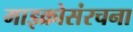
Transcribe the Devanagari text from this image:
माइक्रोसंरचना